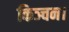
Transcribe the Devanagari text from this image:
किञ्चन।